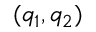
( q _ { 1 } , q _ { 2 } )